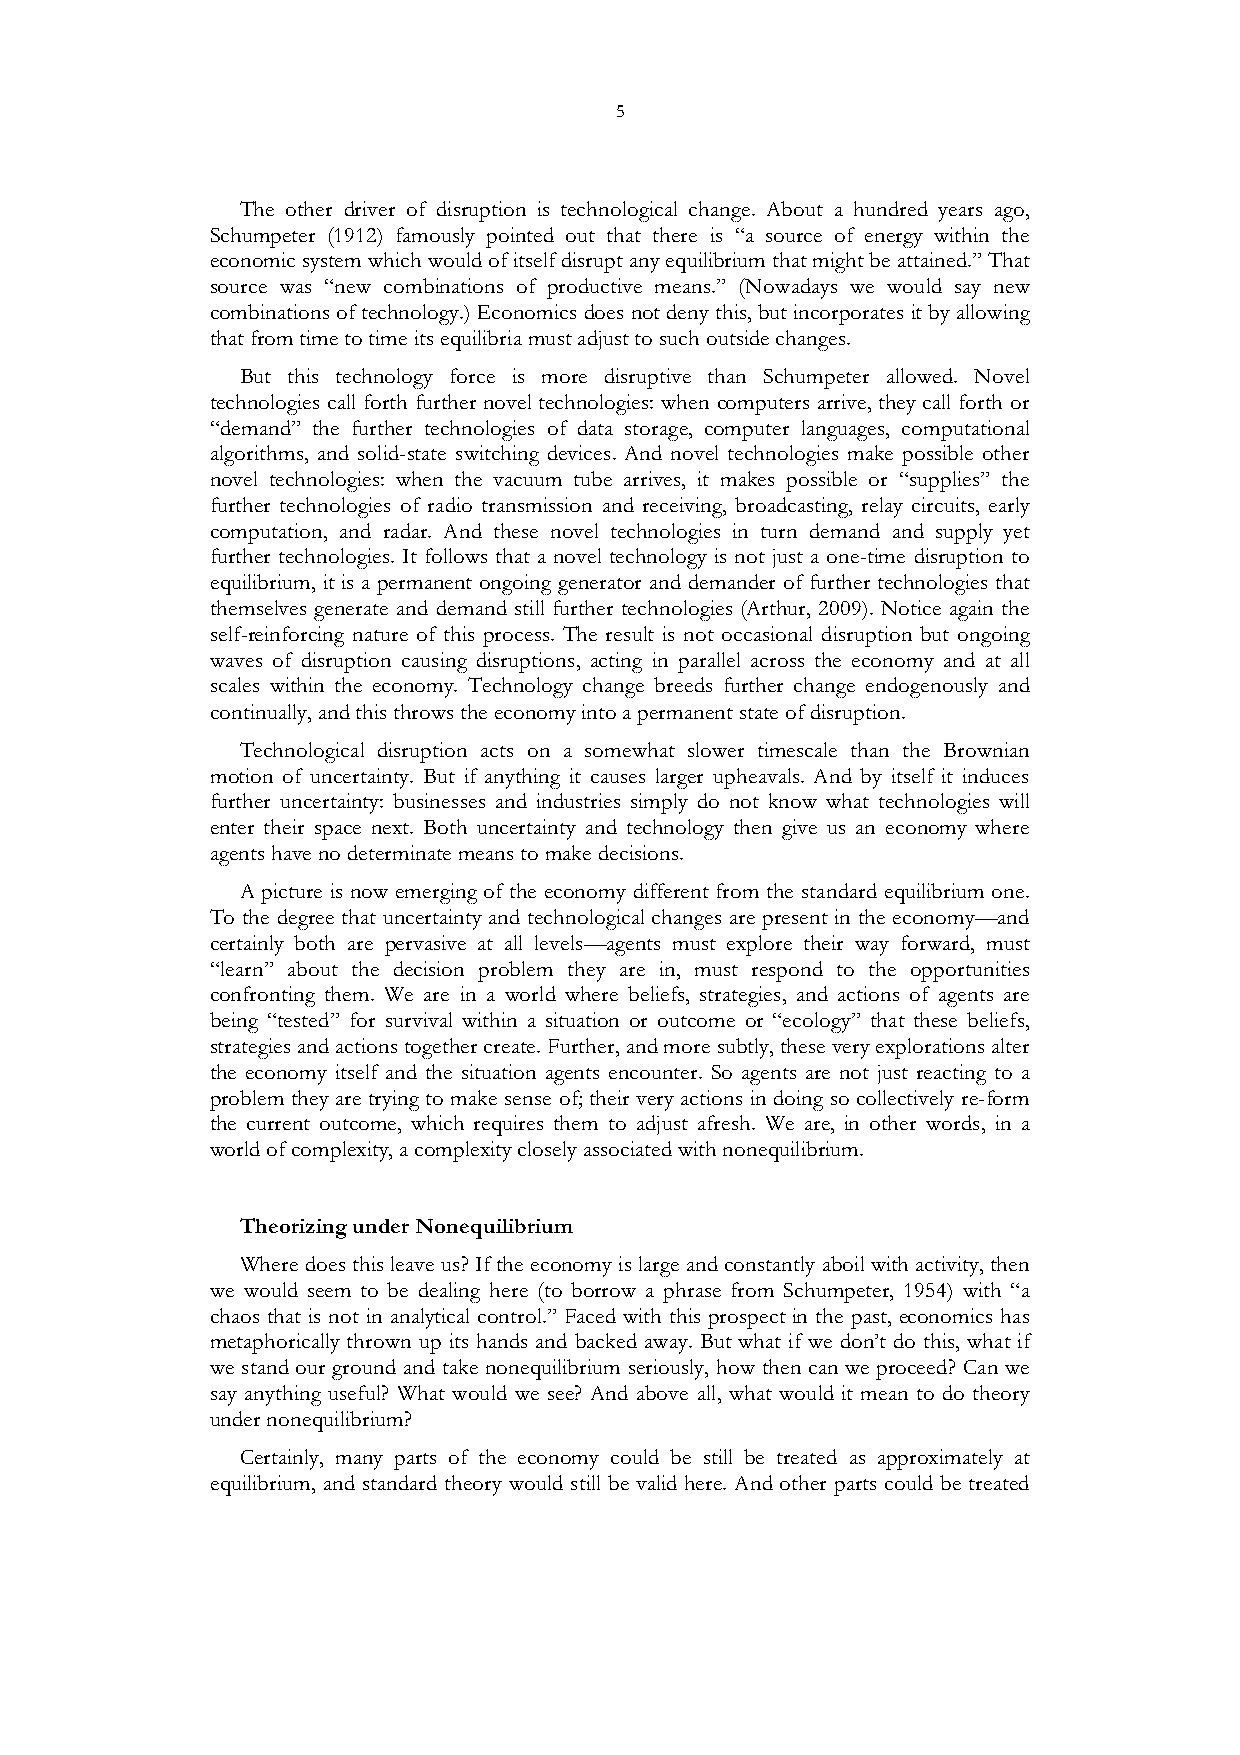
5
 The other driver of disruption is technological change. About a hundred years ago,
 Schumpeter (1912) famously pointed out that there is “a source of energy within the
 economic system which would of itself disrupt any equilibrium that might be attained.” That
 source was “new combinations of productive means.” (Nowadays we would say new
 combinations of technology.) Economics does not deny this, but incorporates it by allowing
 that from time to time its equilibria must adjust to such outside changes.
 But this technology force is more disruptive than Schumpeter allowed. Novel
 technologies call forth further novel technologies: when computers arrive, they call forth or
 “demand” the further technologies of data storage, computer languages, computational
 algorithms, and solid-state switching devices. And novel technologies make possible other
 novel technologies: when the vacuum tube arrives, it makes possible or “supplies” the
 further technologies of radio transmission and receiving, broadcasting, relay circuits, early
 computation, and radar. And these novel technologies in turn demand and supply yet
 further technologies. It follows that a novel technology is not just a one-time disruption to
 equilibrium, it is a permanent ongoing generator and demander of further technologies that
 themselves generate and demand still further technologies (Arthur, 2009). Notice again the
 self-reinforcing nature of this process. The result is not occasional disruption but ongoing
 waves of disruption causing disruptions, acting in parallel across the economy and at all
 scales within the economy. Technology change breeds further change endogenously and
 continually, and this throws the economy into a permanent state of disruption.
 Technological disruption acts on a somewhat slower timescale than the Brownian
 motion of uncertainty. But if anything it causes larger upheavals. And by itself it induces
 further uncertainty: businesses and industries simply do not know what technologies will
 enter their space next. Both uncertainty and technology then give us an economy where
 agents have no determinate means to make decisions.
 A picture is now emerging of the economy different from the standard equilibrium one.
 To the degree that uncertainty and technological changes are present in the economy—and
 certainly both are pervasive at all levels—agents must explore their way forward, must
 “learn” about the decision problem they are in, must respond to the opportunities
 confronting them. We are in a world where beliefs, strategies, and actions of agents are
 being “tested” for survival within a situation or outcome or “ecology” that these beliefs,
 strategies and actions together create. Further, and more subtly, these very explorations alter
 the economy itself and the situation agents encounter. So agents are not just reacting to a
 problem they are trying to make sense of; their very actions in doing so collectively re-form
 the current outcome, which requires them to adjust afresh. We are, in other words, in a
 world of complexity, a complexity closely associated with nonequilibrium.
 Theorizing under Nonequilibrium
 Where does this leave us? If the economy is large and constantly aboil with activity, then
 we would seem to be dealing here (to borrow a phrase from Schumpeter, 1954) with “a
 chaos that is not in analytical control.” Faced with this prospect in the past, economics has
 metaphorically thrown up its hands and backed away. But what if we don’t do this, what if
 we stand our ground and take nonequilibrium seriously, how then can we proceed? Can we
 say anything useful? What would we see? And above all, what would it mean to do theory
 under nonequilibrium?
 Certainly, many parts of the economy could be still be treated as approximately at
 equilibrium, and standard theory would still be valid here. And other parts could be treated